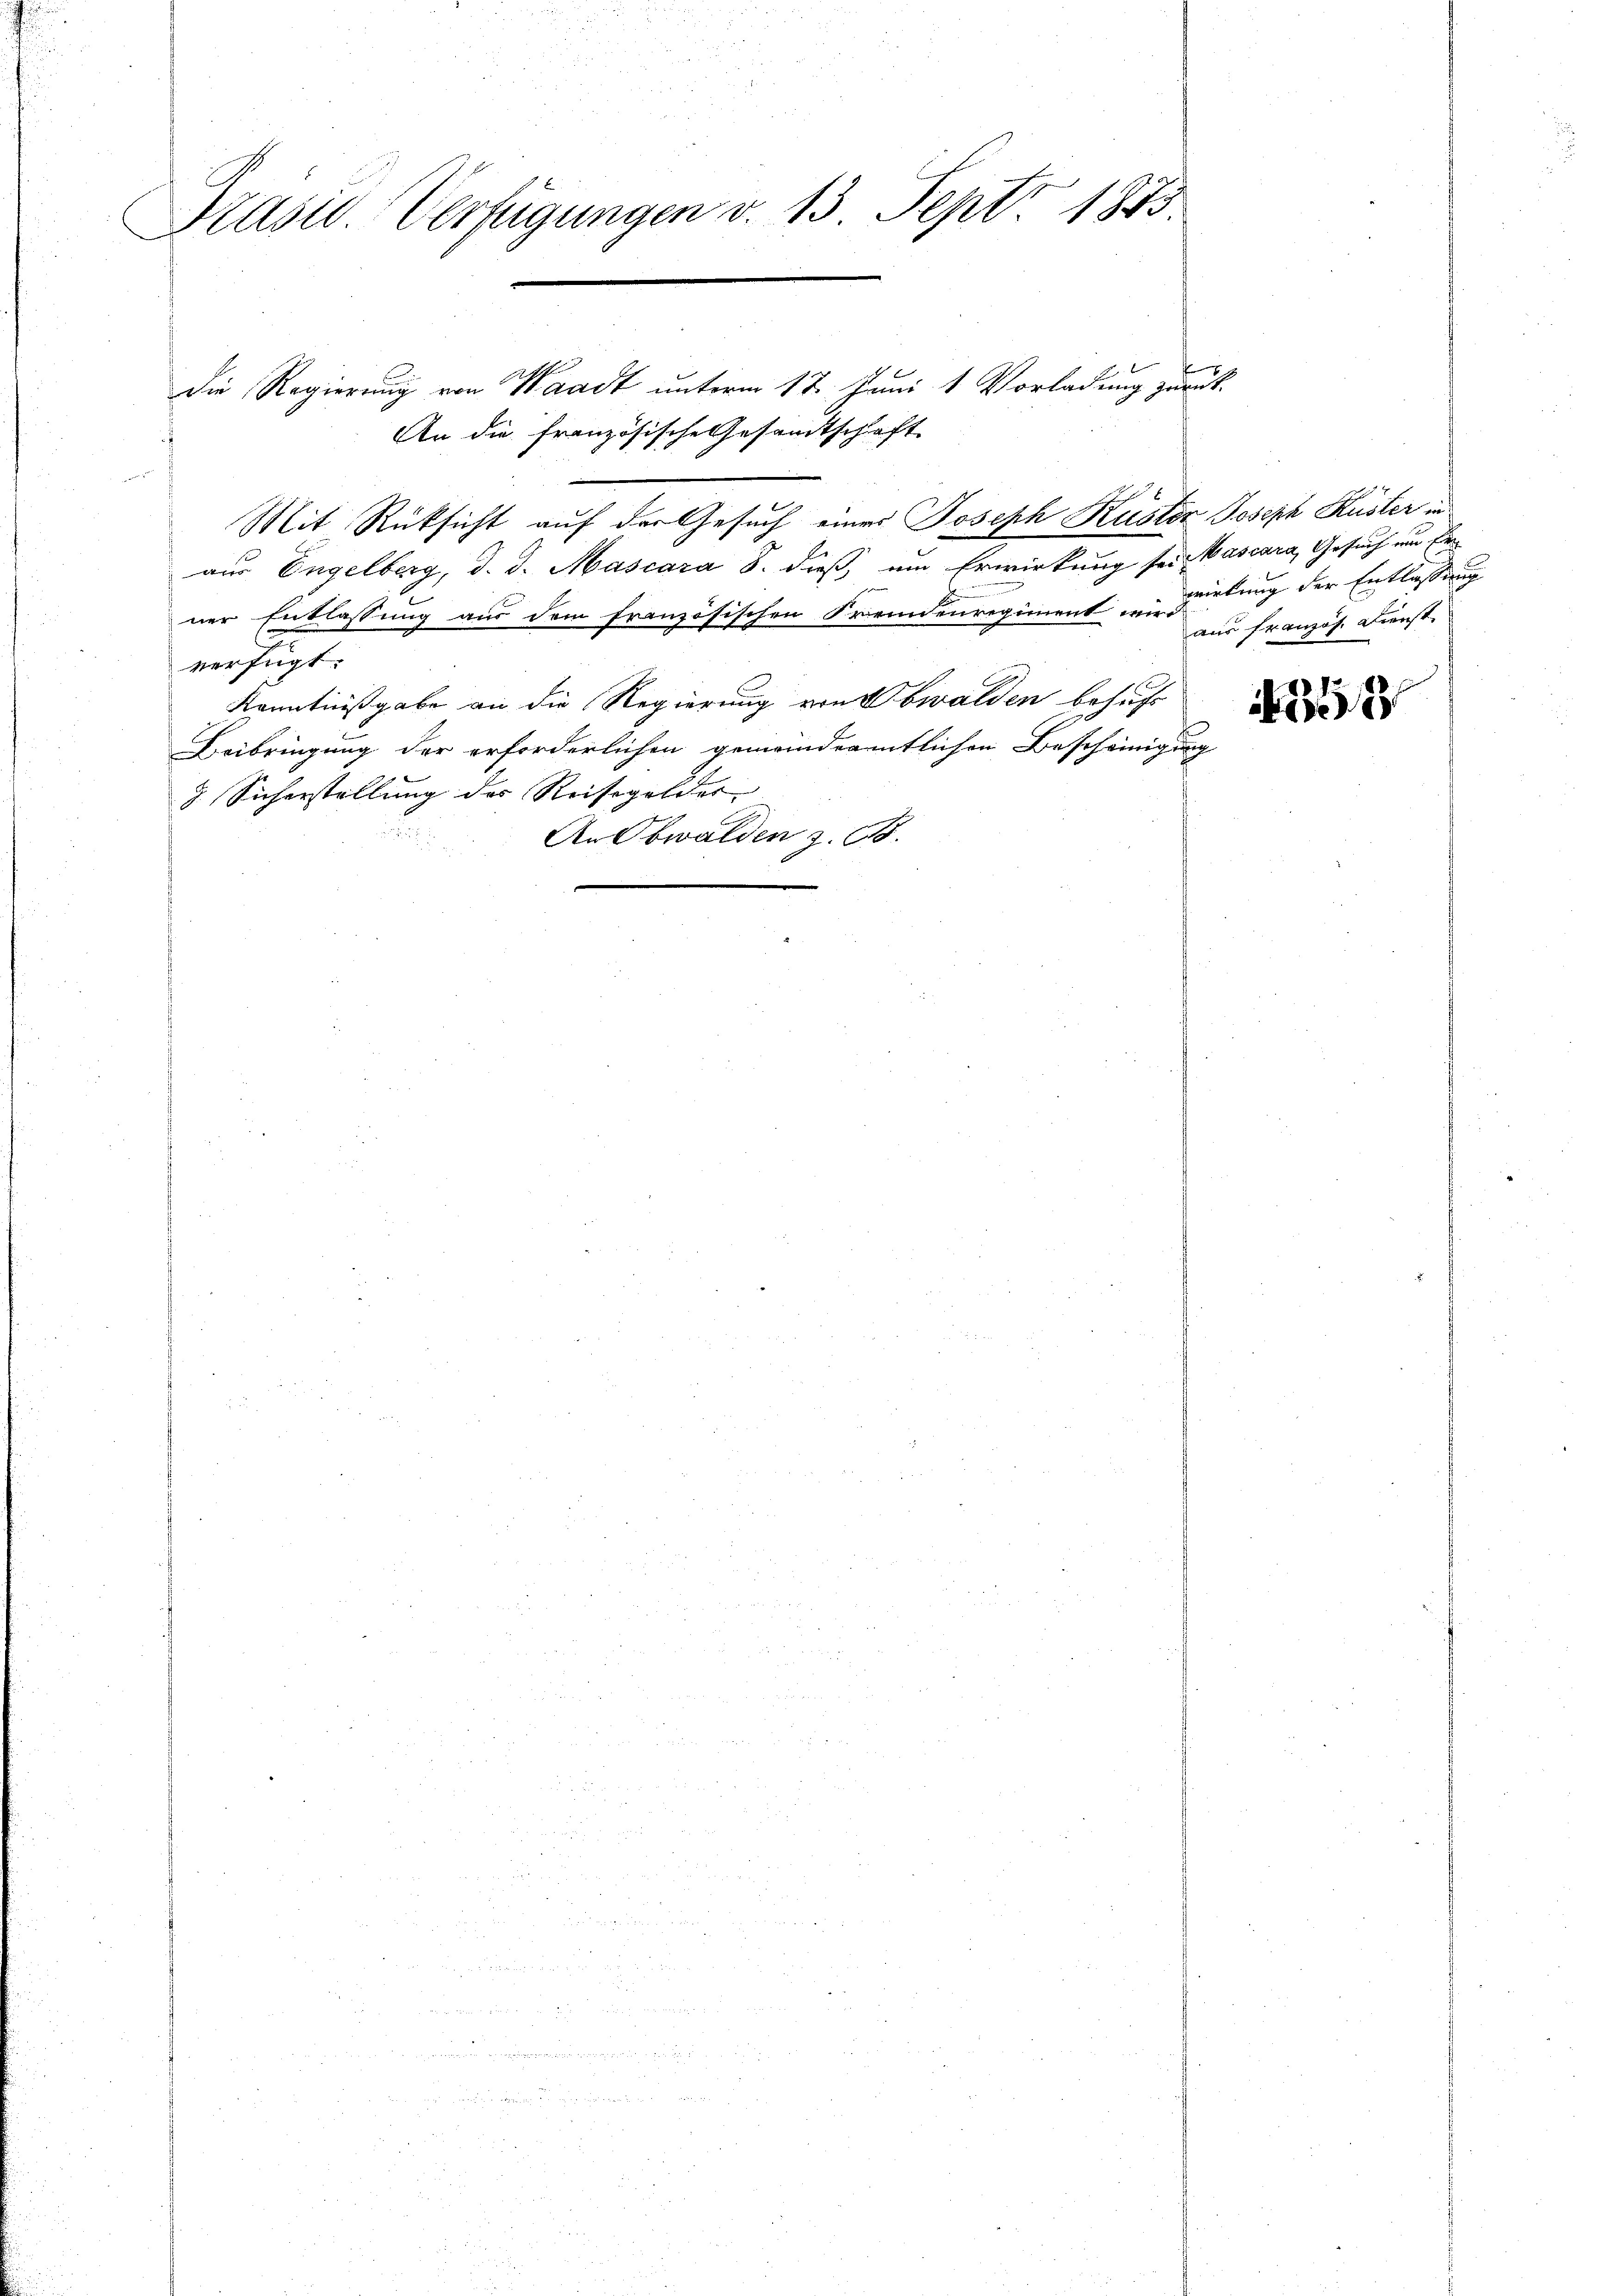
n
Präsid. Verfügungen v. 13 Sept. 1873.

Die Regierung von Waadt unterm 12. Juni 1 Vorladung zurück¬
An die französische Gesandtschaft
e
Mit Rücksicht auf der Gesuch eines Joseph Kuster Joseph Küster in
aus Engelberg, d. d. Mascara S. dieß, um Erwirkung sei. Wascara, Gesuch um Erner Entlassung aus dem französischen Fremdenregiment vielung der Entlassung
verfügt:
Kenntnißgabe an die Regierung von Obwalden behufs
Beibringung der erforderlichen gemeindeamtlichen Bescheinigung
7. Sicherstellung des Reisegelder
An Obwalden z. B.

aus französ. Dienst

N